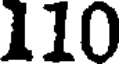
110